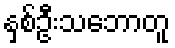
နှစ်ဦးသဘောတူ